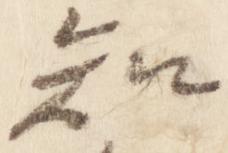
知